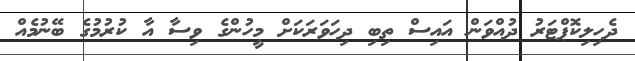
ދެހިލިކޮޕްޓަރު ދުއްވަން އައިސް ތިބި ދިހަވަރަކަށް މީހުންގެ ވިސާ އާ ކުރުމުގެ ބޭނުމެއް